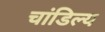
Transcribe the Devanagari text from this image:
चांडिल्य